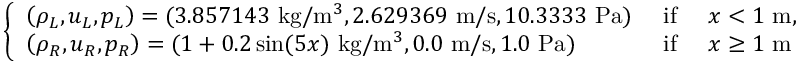
\left\{ \begin{array} { l l l } { \left( \rho _ { L } , u _ { L } , p _ { L } \right) = ( 3 . 8 5 7 1 4 3 \mathrm { ~ k g } / \mathrm { m } ^ { 3 } , 2 . 6 2 9 3 6 9 \mathrm { ~ m } / \mathrm { s } , 1 0 . 3 3 3 3 \mathrm { ~ P a } ) } & { \mathrm { ~ i f ~ } } & { x < 1 \mathrm { ~ m } , } \\ { \left( \rho _ { R } , u _ { R } , p _ { R } \right) = ( 1 + 0 . 2 \sin ( 5 x ) \mathrm { ~ k g } / \mathrm { m } ^ { 3 } , 0 . 0 \mathrm { ~ m } / \mathrm { s } , 1 . 0 \mathrm { ~ P a } ) } & { \mathrm { ~ i f ~ } } & { x \geq 1 \mathrm { ~ m } } \end{array} \right.